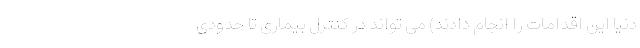
دنیا این اقدامات را انجام دادند) می تواند در کنترل بیماری تا حدودی